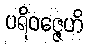
ပရိဝဇ္ဇေဟိ